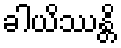
ခါယိဿန္တိ